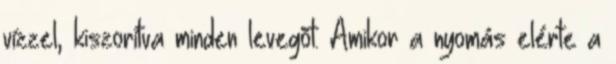
vízzel, kiszorítva minden levegõt. Amikor a nyomás elérte a